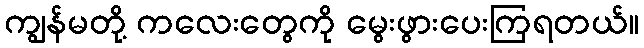
ကျွန်မတို့ ကလေးတွေကို မွေးဖွားပေးကြရတယ်။